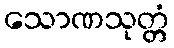
သောဏသုတ္တံ